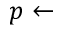
p \leftarrow